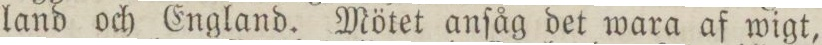
land och England. Mötet anſåg det wara af wigt,